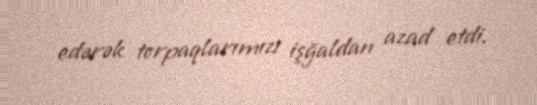
edərək torpaqlarımızı işğaldan azad etdi.